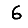
Digit: 6